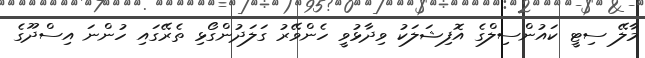
މާލޭ ސިޓީ ކައުންސިލްގެ އޮފިޝަލަކު ވިދާޅުވީ ހެންވޭރު ގަލަދުންގޯޅި ތެރޭގައި ހުންނަ އިސްދޫގެ